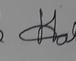
Signature authenticity: forged